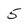
Character: 5